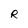
Character: R